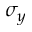
\sigma _ { y }